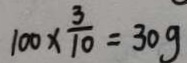
1 0 0 \times \frac { 3 } { 1 0 } = 3 0 g